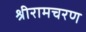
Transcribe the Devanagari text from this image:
श्रीरामचरण